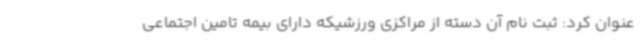
عنوان کرد: ثبت نام آن دسته از مراکزی ورزشیکه دارای بیمه تامین اجتماعی